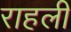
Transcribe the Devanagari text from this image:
राहली